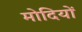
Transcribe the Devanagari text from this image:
मोदियों